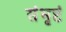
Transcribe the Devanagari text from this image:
संभृष्टं